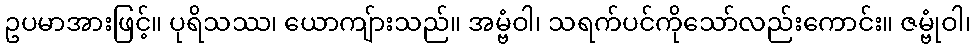
ဥပမာအားဖြင့်။ ပုရိသဿ၊ ယောကျ်ားသည်။ အမ္ဗံဝါ၊ သရက်ပင်ကိုသော်လည်းကောင်း။ ဇမ္ဗုံဝါ၊